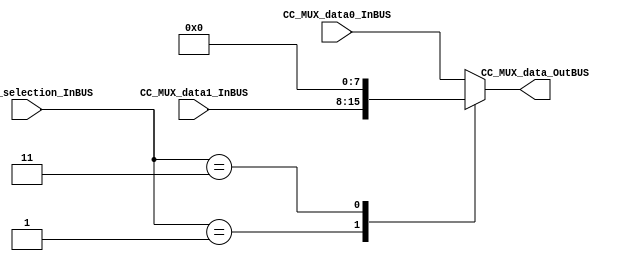
//=======================================================
//  MODULE Definition
//=======================================================
module CC_MUXX #(parameter DATAWIDTH_MUX_SELECTION=2, parameter DATAWIDTH_BUS=8)(
	//////////// OUTPUTS //////////
	CC_MUX_data_OutBUS,
	//////////// INPUTS //////////
	CC_MUX_data0_InBUS,
	CC_MUX_data1_InBUS,
	CC_MUX_selection_InBUS
);
//=======================================================
//  PORT declarations
//=======================================================
output reg	[DATAWIDTH_BUS-1:0] CC_MUX_data_OutBUS;
input			[DATAWIDTH_BUS-1:0] CC_MUX_data0_InBUS;
input			[DATAWIDTH_BUS-1:0] CC_MUX_data1_InBUS;
input			[DATAWIDTH_MUX_SELECTION-1:0] CC_MUX_selection_InBUS;
//=======================================================
//  Structural coding
//=======================================================
//INPUT LOGIC: COMBINATIONAL
always@(*)
begin
	case (CC_MUX_selection_InBUS)	
	// Example to more outputs: WaitStart: begin sResetCounter = 0; sCuenteUP = 0; end
		2'b00: CC_MUX_data_OutBUS = CC_MUX_data0_InBUS;
		2'b01: CC_MUX_data_OutBUS = CC_MUX_data1_InBUS;			// Test value
		2'b11: CC_MUX_data_OutBUS = 8'b00000000;					// DO NOTHING !!
		default :   CC_MUX_data_OutBUS = CC_MUX_data0_InBUS; 	// Channel 0 is selected 
	endcase
end

endmodule